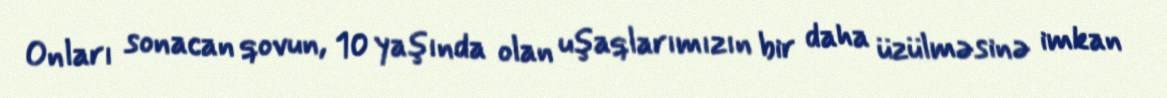
Onları sonacan qovun, 10 yaşında olan uşaqlarımızın bir daha üzülməsinə imkan